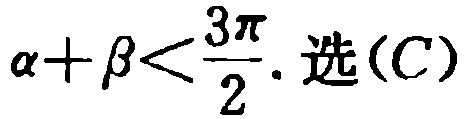
\(\alpha+\beta<\frac{3\pi}{2}.\text{选}(C)\)